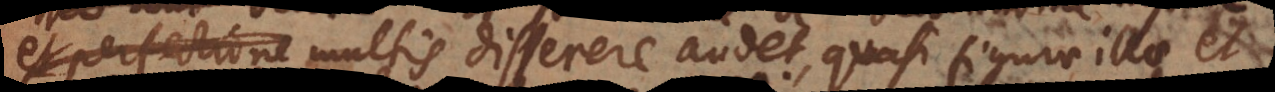
et emendatione multis disserere audet, quasi figurae illae et